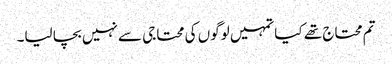
تم محتاج تھے کیا تمہیں لوگوں کی محتاجی سے نہیں بچا لیا۔